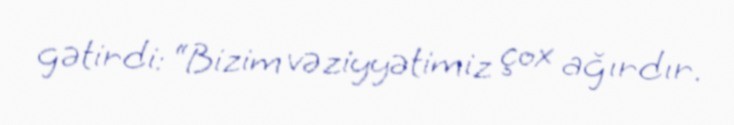
gətirdi: “Bizim vəziyyətimiz çox ağırdır.